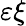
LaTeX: \varepsilon\xi